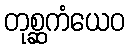
တုစ္ဆကံယေဝ